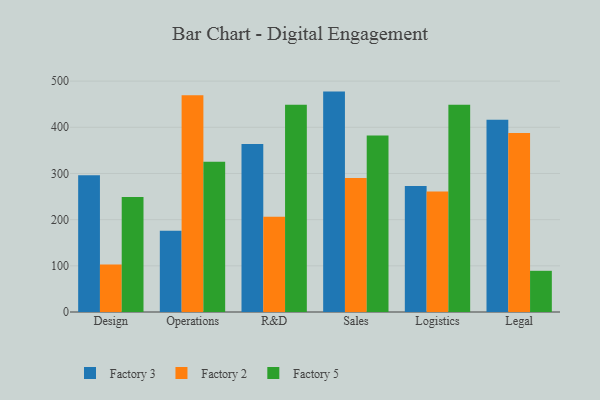
{"axis": {"x": "Department", "y": "Waste Production (Tons)"}, "legend": ["Factory 2", "Factory 3", "Factory 5"], "data": [{"x": "Design", "y": 296.0, "type": "Factory 3"}, {"x": "Design", "y": 103.0, "type": "Factory 2"}, {"x": "Design", "y": 249.2, "type": "Factory 5"}, {"x": "Operations", "y": 175.7, "type": "Factory 3"}, {"x": "Operations", "y": 469.2, "type": "Factory 2"}, {"x": "Operations", "y": 325.3, "type": "Factory 5"}, {"x": "R&D", "y": 363.7, "type": "Factory 3"}, {"x": "R&D", "y": 206.3, "type": "Factory 2"}, {"x": "R&D", "y": 448.7, "type": "Factory 5"}, {"x": "Sales", "y": 477.3, "type": "Factory 3"}, {"x": "Sales", "y": 290.2, "type": "Factory 2"}, {"x": "Sales", "y": 382.4, "type": "Factory 5"}, {"x": "Logistics", "y": 272.7, "type": "Factory 3"}, {"x": "Logistics", "y": 260.7, "type": "Factory 2"}, {"x": "Logistics", "y": 448.6, "type": "Factory 5"}, {"x": "Legal", "y": 416.4, "type": "Factory 3"}, {"x": "Legal", "y": 387.6, "type": "Factory 2"}, {"x": "Legal", "y": 89.2, "type": "Factory 5"}]}